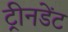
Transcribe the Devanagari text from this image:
ट्रीनडेंट